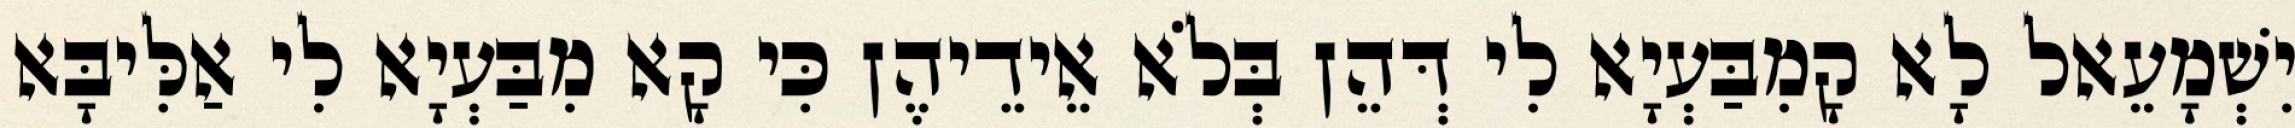
יִשְׁמָעֵאל לָא קָמִבַּעְיָא לִי דְּהֵן בְּלֹא אֵידֵיהֶן כִּי קָא מִבַּעְיָא לִי אַלִּיבָּא